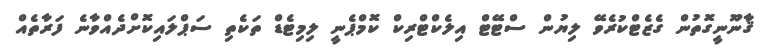
ޤާނޫނީގޮތުން ގެޒެޓްކުރެވޭ ލިޔުން ސްޓޭޓް އިލެކްޓްރިކް ކޮމްޕެނީ ލިމިޓެޑް ތަކެތި ސަޕްލައިކޮށްދެއްވާނެ ފަރާތެއް